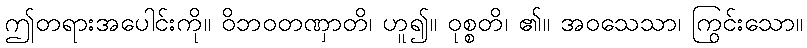
ဤတရားအပေါင်းကို။ ဝိဘဝတဏှာတိ၊ ဟူ၍။ ဝုစ္စတိ၊ ၏။ အဝသေသာ၊ ကြွင်းသော။